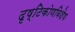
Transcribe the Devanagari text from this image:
दृष्टिकोणविशेष